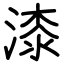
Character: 漆